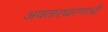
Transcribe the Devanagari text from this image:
अवतारधारणाची